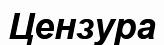
Цензура